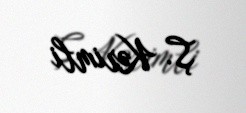
Ş. Kərimli